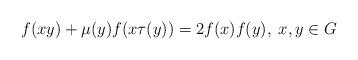
LaTeX: \begin{align*}f(xy)+\mu(y)f(x\tau(y))=2f(x)f(y),\; x,y\in G\end{align*}